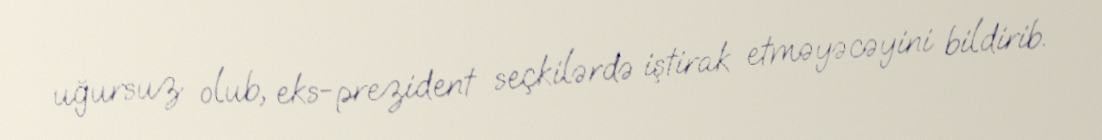
uğursuz olub, eks-prezident seçkilərdə iştirak etməyəcəyini bildirib.